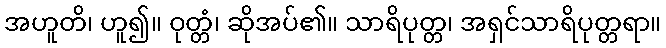
အဟူတိ၊ ဟူ၍။ ဝုတ္တံ၊ ဆိုအပ်၏။ သာရိပုတ္တ၊ အရှင်သာရိပုတ္တရာ။